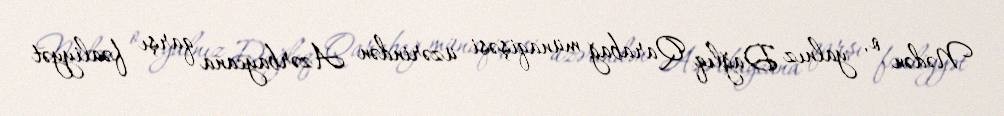
Nədən o, yalnız Dağlıq Qarabağ münaqişəsi üzərindən Azərbaycana qarşı fəaliyyət